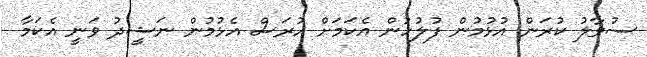
ސުވާލު ކުރަން އުޅުމުން ފުލުހުން އެކަމަށް ހުރަސް އެޅުމުން ނަޝީދު ވަނީ އެކަމާ